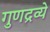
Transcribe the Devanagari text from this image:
गुणद्रव्ये